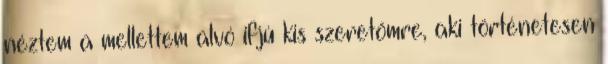
néztem a mellettem alvó ifjú kis szeretőmre, aki történetesen